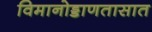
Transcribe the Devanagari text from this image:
विमानोड्डाणतासात